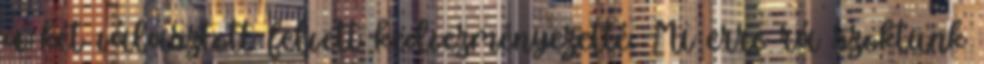
a két választott felvett kedvezményezetté. Mi erre rá szoktunk